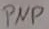
Text: PNP